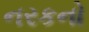
નરકનો